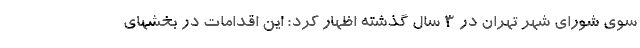
سوی شورای شهر تهران در ۳ سال گذشته اظهار کرد: این اقدامات در بخشهای